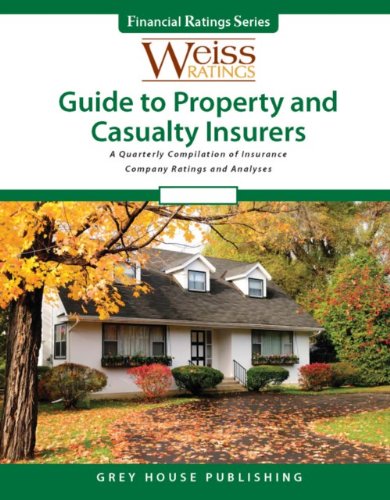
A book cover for Weiss Ratings Guide to Property and Casualty Insurers: Winter 2011/2012 (Weiss Ratings Guide to Property & Casualty Insurers); Business & Money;